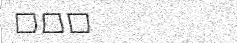
١٢٣